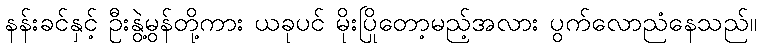
နန်းခင်နှင့် ဦးနွဲ့မွန်တို့ကား ယခုပင် မိုးပြိုတော့မည့်အလား ပွက်လောညံနေသည်။